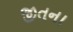
જીતના